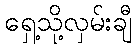
ရှေ့သို့လှမ်းချီ